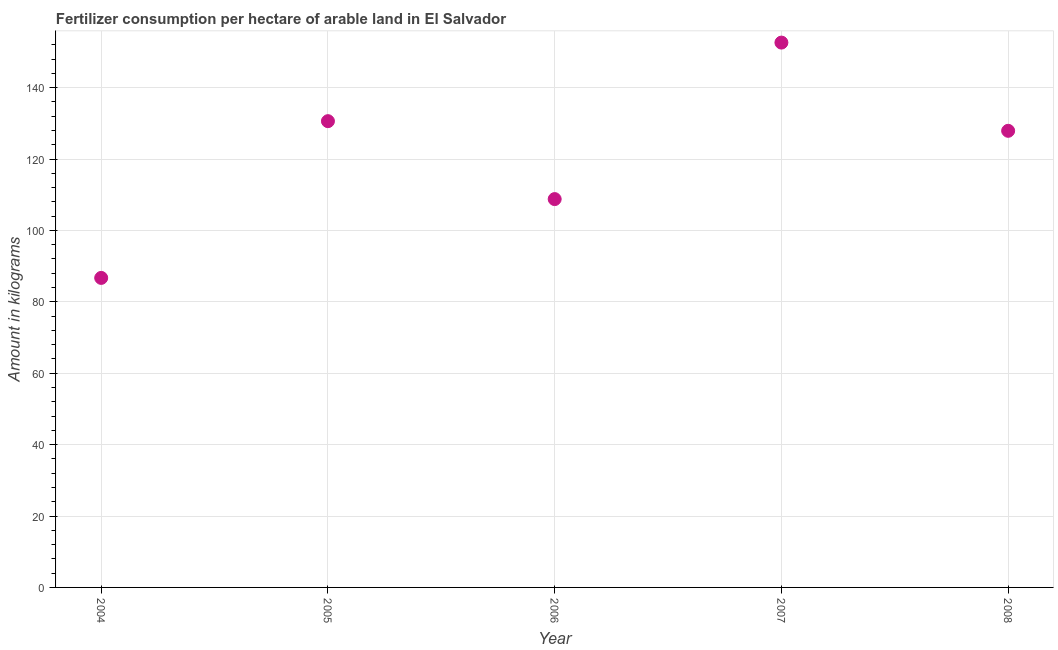
| Year | Fertilizer consumption |
 | --- | --- |
 | 2004 | 86.7 |
 | 2005 | 131 |
 | 2006 | 109 |
 | 2007 | 153 |
 | 2008 | 128 |